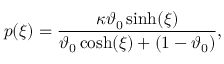
p ( \xi ) = \frac { \kappa \vartheta _ { 0 } \sinh ( \xi ) } { \vartheta _ { 0 } \cosh ( \xi ) + ( 1 - \vartheta _ { 0 } ) } ,